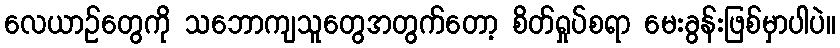
လေယာဉ်တွေကို သဘောကျသူတွေအတွက်တော့ စိတ်ရှုပ်စရာ မေးခွန်းဖြစ်မှာပါပဲ။